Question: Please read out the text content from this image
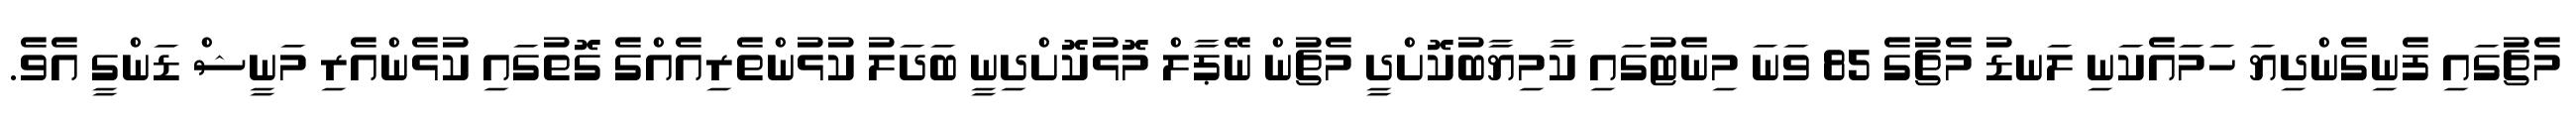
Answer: މެޗުގައި ފެނިގެންދިޔަ ހަމައެކަނި ލަނޑު މެޗުގެ 85 ވަނަ މިނެޓުގައި ކާމިޔާބުކޮށްދީ މެޗުން ނޭޕާލް މޮޅުކޮށްދިނީ ބަދަލު ކުޅުންތެރިއެއްގެ ގޮތުގައި ކުޅެންއެރި މަނީޝް ޑަންގީ އެވެ.